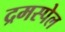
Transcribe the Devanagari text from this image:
द्रमस्पेल